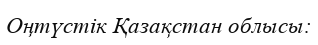
Оңтүстік Қазақстан облысы: